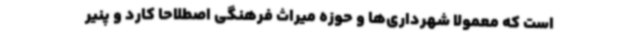
است که معمولا شهرداری‌ها و حوزه میراث فرهنگی اصطلاحا کارد و پنیر